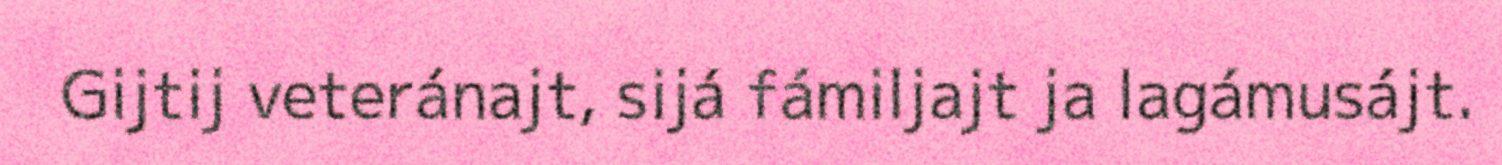
Gijtij veteránajt, sijá fámiljajt ja lagámusájt.